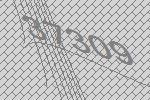
37309